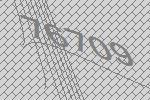
76709